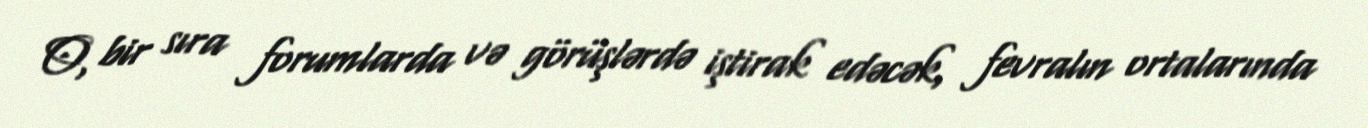
O, bir sıra forumlarda və görüşlərdə iştirak edəcək, fevralın ortalarında